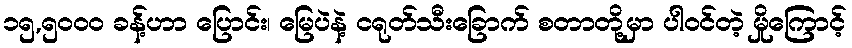
၁၅,၅၀၀၀ ခန့်ဟာ ပြောင်း၊ မြေပဲနဲ့ ငရုတ်သီးခြောက် စတာတို့မှာ ပါဝင်တဲ့ မှိုကြောင့်